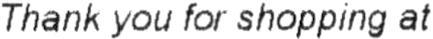
THANK YOU FOR SHOPPING AT